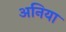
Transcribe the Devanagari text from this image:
अनिया